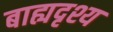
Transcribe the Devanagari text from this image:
बाह्यदृश्य